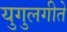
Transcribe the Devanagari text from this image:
युगुलगीते